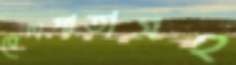
বেলপাতাসহ